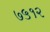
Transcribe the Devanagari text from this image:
७५१२